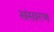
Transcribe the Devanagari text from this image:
संसारण